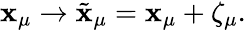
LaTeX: \mathbf{x}_{\mu}\to\tilde{{\mathbf{x}}}_{\mu}=\mathbf{x}_{\mu}+\zeta_{\mu}.